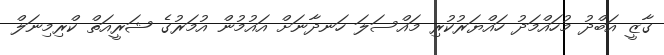
ގާޒީ އަބްދު މުހައްމަދު ހައްޔަރުކުރި މައްސަލަ ހަނދާނަށް އައުމުން އުމަރުގެ ޝަރީއަތް ކްރިމިނަލް